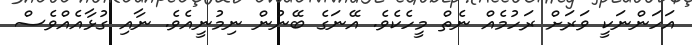
އަހަންނަކީ ވަރަށް ރަހުމެއް ނެތް މީހެކެވެ. އޭނަގެ ބޭނުން ނިމުނީއެވެ. ނާއި ގުޅާއެއްވެސް